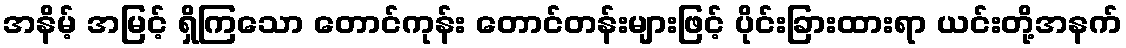
အနိမ့် အမြင့် ရှိကြသော တောင်ကုန်း တောင်တန်းများဖြင့် ပိုင်းခြားထားရာ ယင်းတို့အနက်